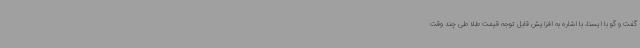
گفت و گو با ایسنا، با اشاره به افزایش قابل توجه قیمت طلا طی چند وقت